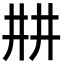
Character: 㐩